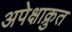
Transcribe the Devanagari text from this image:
अपेक्षाक्रुत